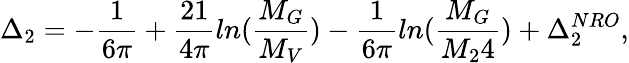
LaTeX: \Delta_{2}=-\frac{1}{6\pi}+\frac{21}{4\pi}ln(\frac{M_{G}}{M_{V}})-\frac{1}{6\pi}ln(\frac{M_{G}}{M_{2}4})+\Delta_{2}^{NRO},